V__Kingissepa_nim__kolhoos, lk 13
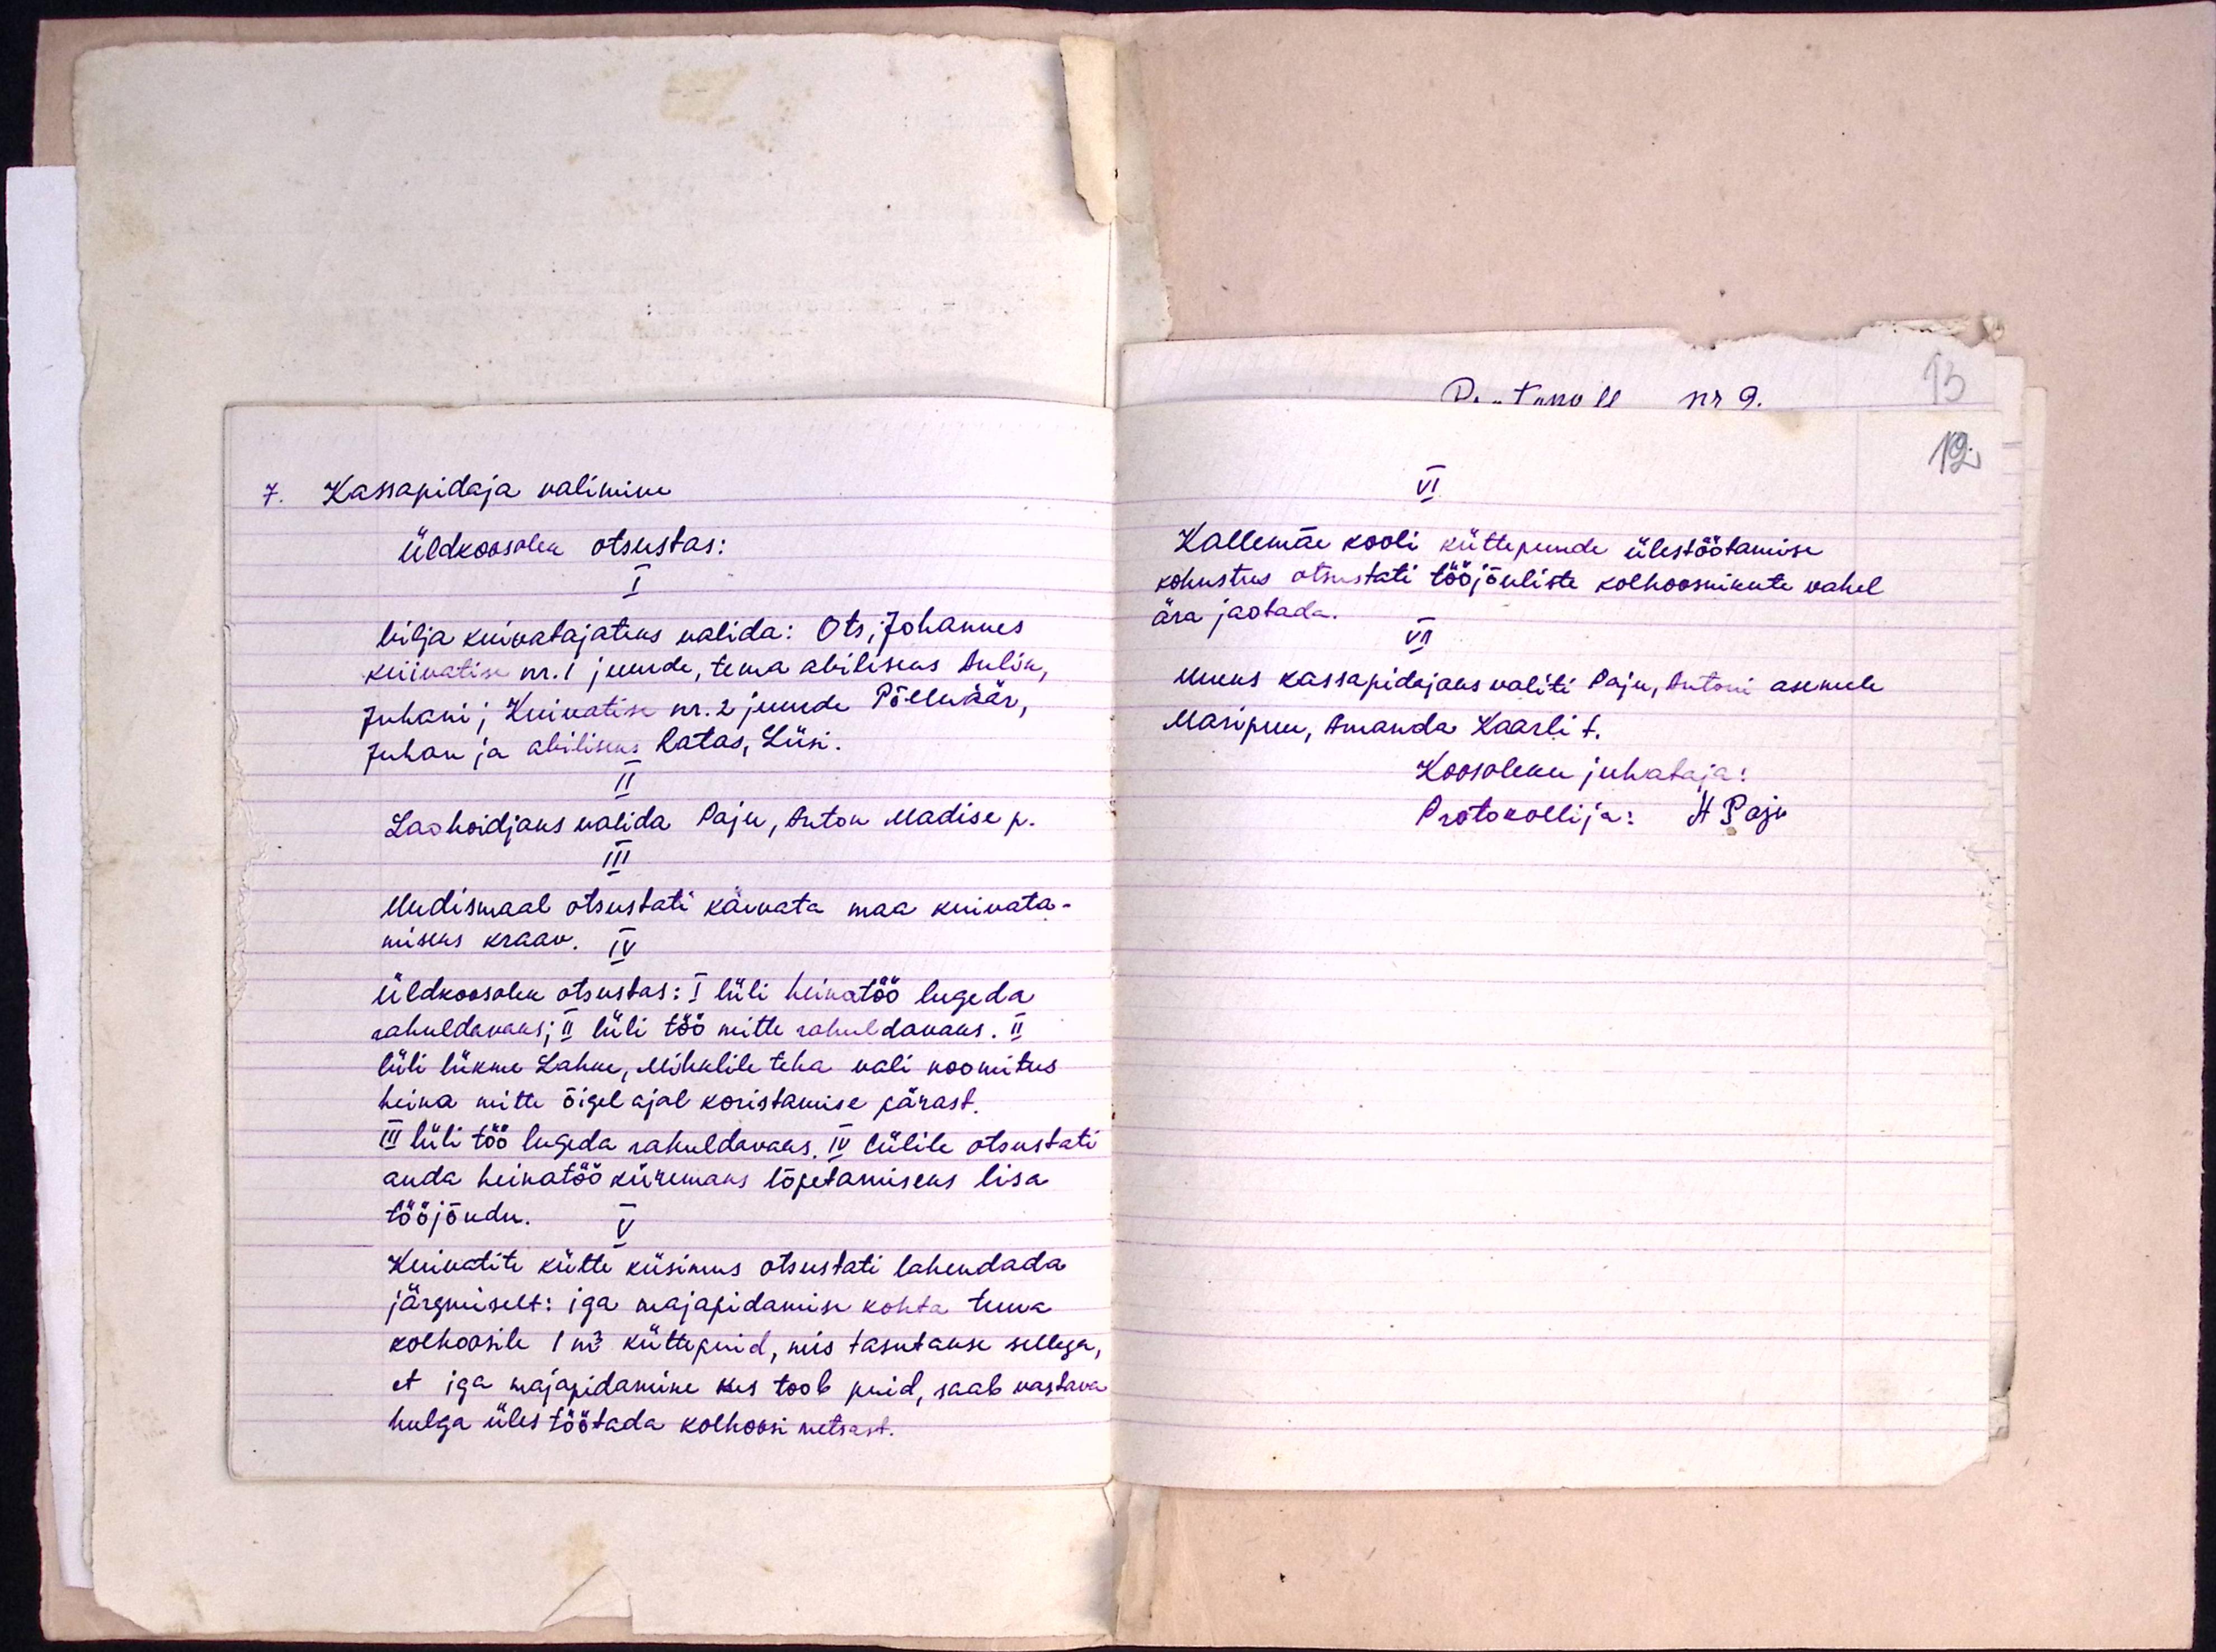
7

Kassapidaja valimine
Üldkoosolek otsustas:
I
Vilja kuivatajateks valida: Ots, Johannes
kuivatise nr. 1 juurde, tema abiliseks Aulik,
Juhani; Kuivatise nr. 2 juurde Põlluäär,
Juhan ja abiliseks Ratas, Liisi.
II
Laohoidjaks valida Paju, Anton Madise p.
III
Uudismaal otsustati kaevata maa kuivata-
miseks kraav.
IV
Üldkoosolek otsustas: I lüli heinatöö lugeda
rahuldavaks; II lüli töö mitte rahuldavaks. II
lüli liikme Lahke, Mihklile teha vali noomitus
heina mitte õigel ajal koristamise pärast.
III lüli töö lugeda rahuldavaks. IV lülile otsustati
anda heinatöö kiiremaks lõpetamiseks lisa
tööjõudu.
V
Kuivatite kütte küsimus otsustati lahendada
järgmiselt: iga majapidamise kohta tuua
kolhoosile 1 m3 küttepuid, mis tasutakse sellega,
et iga majapidamine kes toob puid, saab vastava
hulga üles töötada kolhoosi metsast.

12

VI
Kallemäe kooli küttepuude ülestöötamise
kohustus otsustati tööjõuliste kolhoosnikute vahel
ära jaotada.
VII
Uueks kassapidajaks valiti Paju, Antoni asemele
Maripuu, Amanda Kaarli t.
Koosoleku juhataja:
Protokollija: H. Paju